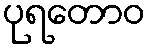
ပုရတောဝ